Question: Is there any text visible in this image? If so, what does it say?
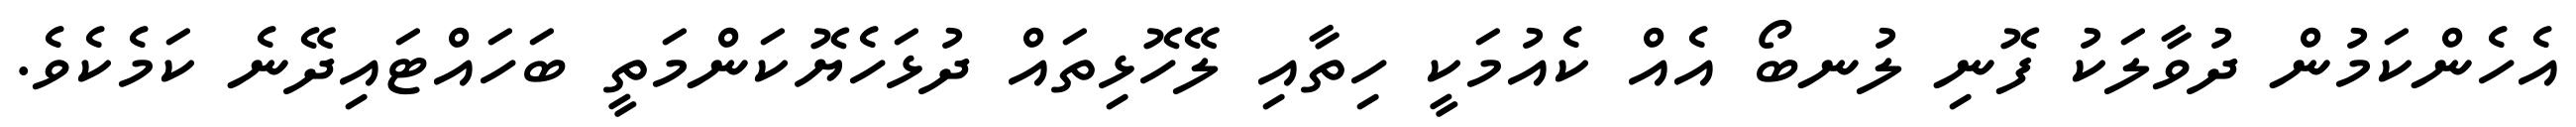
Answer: އެހެންކަމުން ދުވާލަކު ފޮނި ލުނބޯ އެއް ކެއުމަކީ ހިތާއި ލޭހޮޅިތައް ދުޅަހެޔޮކަންމަތީ ބަހައްޓައިދޭނެ ކަމެކެވެ.